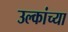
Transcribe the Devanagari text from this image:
उल्कांच्या